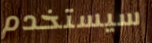
سيستخدم